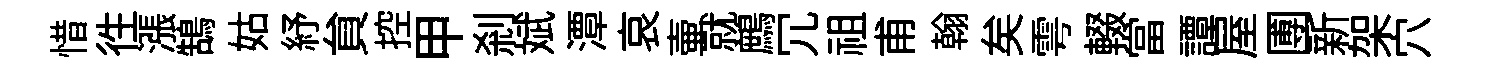
惜徃漲鵠姑紓貟控甲刹斌潭哀壷就鷓冗祖甫翰矣雩輟當譚屋圑新架穴